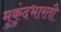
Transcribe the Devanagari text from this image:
मुकुंदभारती